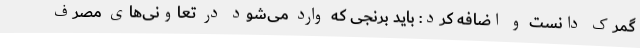
گمرک دانست و اضافه کرد: باید برنجی که وارد می‌شود در تعاونی‌های مصرف